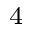
_ 4